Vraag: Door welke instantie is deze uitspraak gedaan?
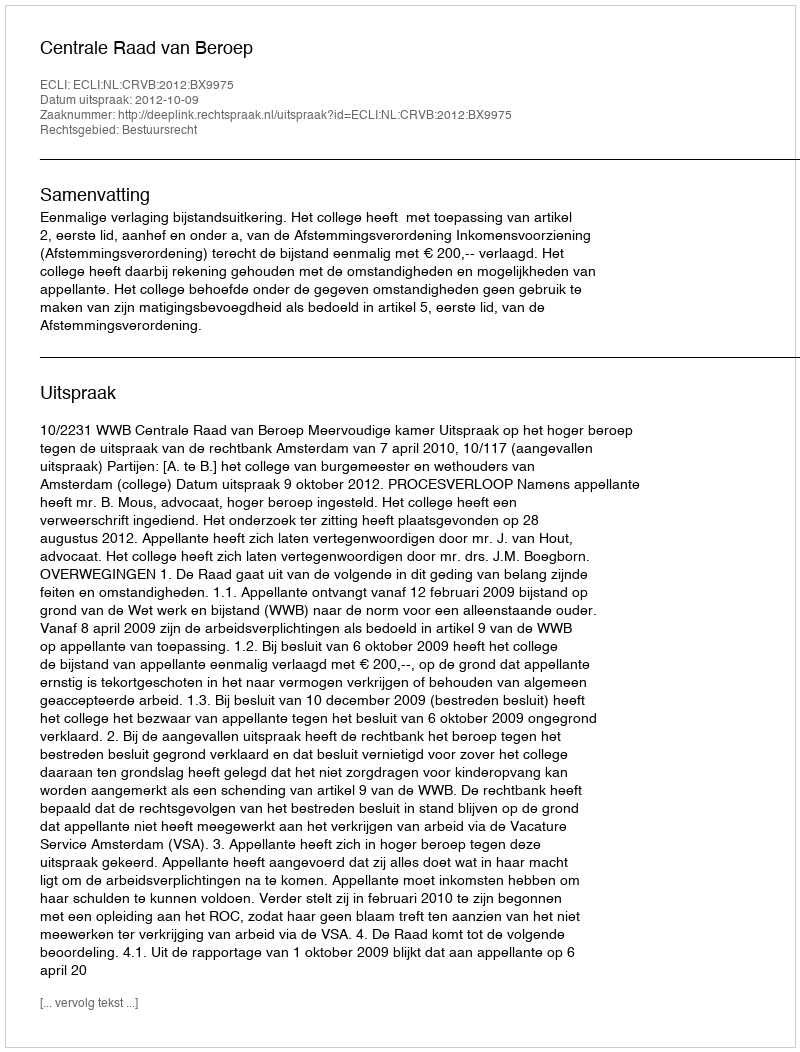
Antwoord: Centrale Raad van Beroep